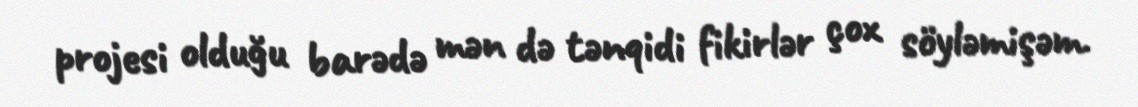
projesi olduğu barədə mən də tənqidi fikirlər çox söyləmişəm.